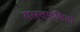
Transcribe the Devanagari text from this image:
गलतफमियां